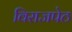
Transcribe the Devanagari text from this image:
विराजपेठ